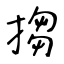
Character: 搊